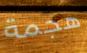
هجمة